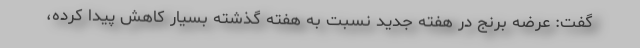
گفت: عرضه برنج در هفته جدید نسبت به هفته گذشته بسیار کاهش پیدا کرده،